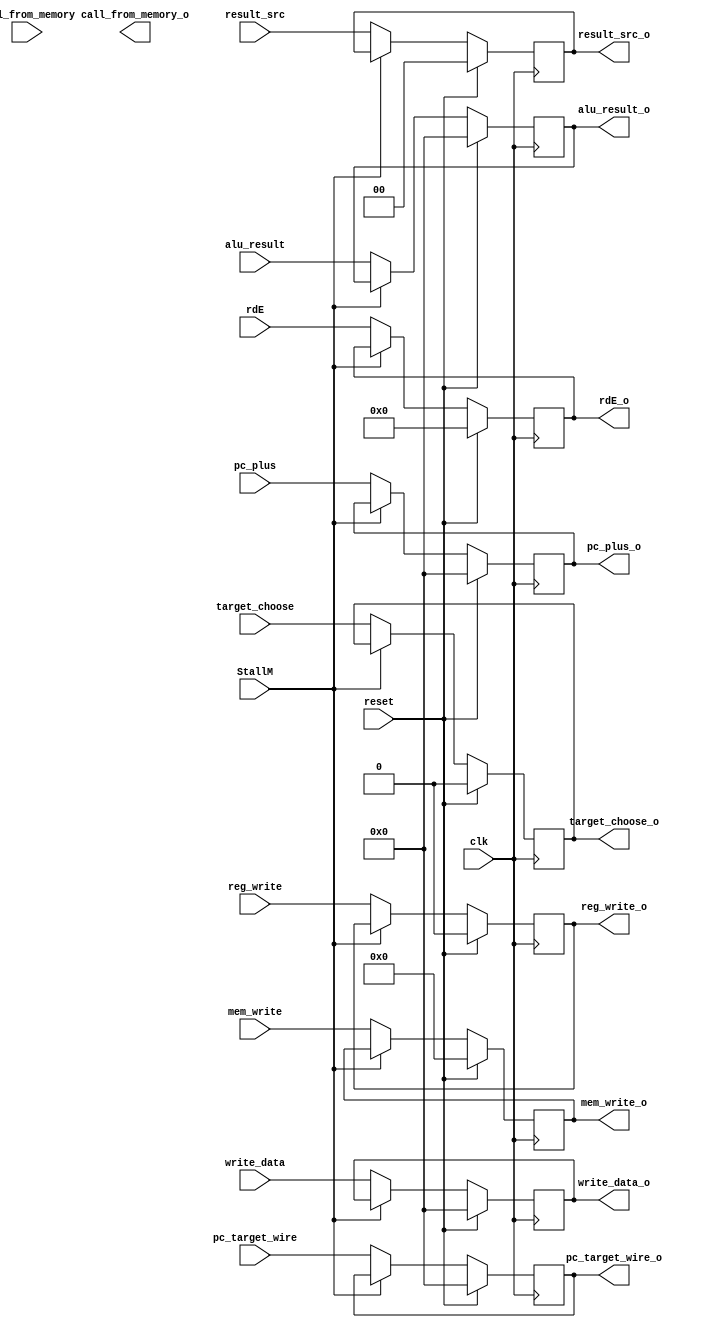
`timescale 1ns / 1ps
//////////////////////////////////////////////////////////////////////////////////
// Company: 
// Engineer: 
// 
// Design Name: 
// Module Name: execute_to_memory
// Project Name: 
// Target Devices: 
// Tool Versions: 
// Description: 
// 
// Dependencies: 
// 
// Revision:
// Revision 0.01 - File Created
// Additional Comments:
// 
//////////////////////////////////////////////////////////////////////////////////


module execute_to_memory(
    //INPUT
    input clk,
    input reset,
    
    input reg_write,
    input [1:0] result_src,
    input [3:0] mem_write,
    input [31:0] alu_result,
    input [31:0] write_data,
    input [4:0] rdE,
    input [31:0] pc_plus,
    input [31:0] pc_target_wire,
    input target_choose,
    input StallM,
    input call_from_memory,
    //OUTPUT
    output reg reg_write_o,
    output reg [1:0]  result_src_o,
    output reg [3:0]  mem_write_o,
    output reg [31:0] alu_result_o,
    output reg [31:0] write_data_o,
    output reg [4:0] rdE_o,
    output reg [31:0] pc_plus_o,
    output reg [31:0] pc_target_wire_o,
    output reg target_choose_o,
    output call_from_memory_o
    );
    
    always@(posedge clk) begin
        if (reset == 1) begin
            reg_write_o <= 0;
            result_src_o <= 0;
            mem_write_o <= 0;
            alu_result_o <= 0;
            write_data_o <= 0;
            rdE_o <= 0;
            pc_plus_o <= 0;
            pc_target_wire_o <= 0;
            target_choose_o <= 0;        
        end
        else begin
            if(StallM == 0)begin
                reg_write_o <= reg_write;
                result_src_o <= result_src;
                mem_write_o <= mem_write;
                alu_result_o <= alu_result;
                write_data_o <= write_data;
                rdE_o <= rdE;
                pc_plus_o <= pc_plus;
                pc_target_wire_o <= pc_target_wire;
                target_choose_o <= target_choose;
            end
        end
    end
endmodule